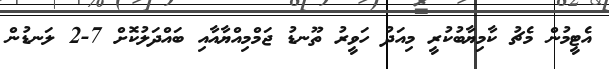
އެޓީމުުން މެޗު ކާމިޔާބުކުރީ މިއަދު ހަވީރު ތޫނޑު ޖަމްމިއްޔާއާއި ބައްދަލުކޮށް 7-2 ލަނޑުން